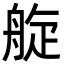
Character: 𦩂